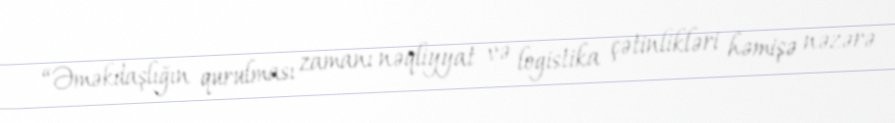
“Əməkdaşlığın qurulması zamanı nəqliyyat və logistika çətinlikləri həmişə nəzərə